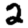
Digit: 2